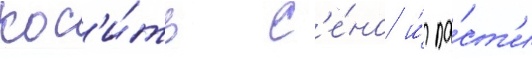
кос'и́ть с'е́но и́ па́ст'и